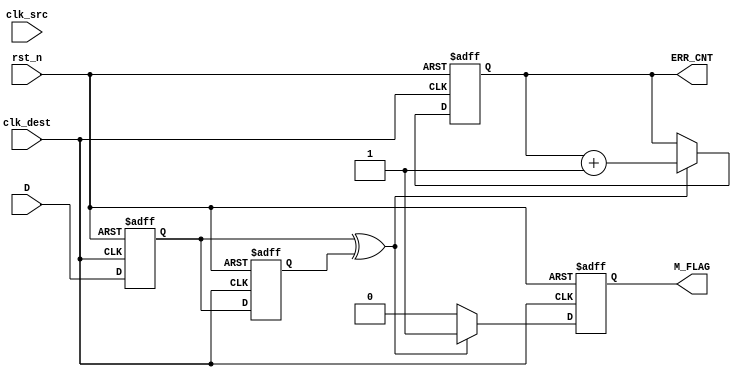
module cdc_detector (
    input wire clk_src,           // Source clock
    input wire clk_dest,          // Destination clock
    input wire rst_n,             // Asynchronous reset (active low)
    input wire D,                 // Data signal to monitor
    output reg M_FLAG,            // Metastability flag
    output reg [31:0] ERR_CNT     // Error counter
);

    // Internal signals
    reg Q1, Q2;

    // Reset and sample on destination clock
    always @(posedge clk_dest or negedge rst_n) begin
        if (!rst_n) begin
            Q1 <= 1'b0;
            Q2 <= 1'b0;
            ERR_CNT <= 32'b0;
            M_FLAG <= 1'b0;
        end else begin
            Q1 <= D;         // Sample D in destination clock domain
            Q2 <= Q1;        // Sample Q1 in destination clock domain

            // Check for metastability condition
            if (Q1 ^ Q2) begin
                M_FLAG <= 1'b1; // Set M_FLAG if Q1 and Q2 are different
                ERR_CNT <= ERR_CNT + 1'b1; // Increment error counter
            end else begin
                M_FLAG <= 1'b0; // Clear M_FLAG if no metastability
            end
        end
    end

endmodule